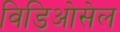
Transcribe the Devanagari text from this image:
विडिओसेल